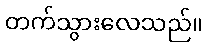
တက်သွားလေသည်။